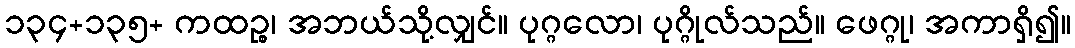
၁၃၄+၁၃၅+ ကထဉ္စ၊ အဘယ်သို့လျှင်။ ပုဂ္ဂလော၊ ပုဂ္ဂိုလ်သည်။ ဖေဂ္ဂု၊ အကာရှိ၍။